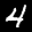
Label: 4